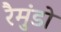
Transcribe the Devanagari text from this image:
रैमुंडो